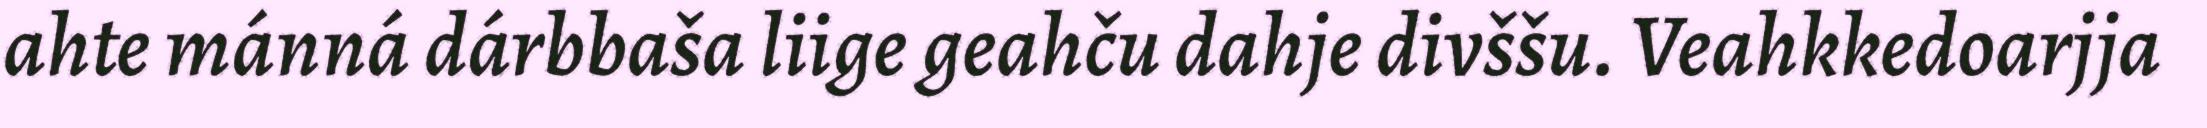
ahte mánná dárbbaša liige geahču dahje divššu. Veahkkedoarjja